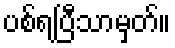
ပစ်ရပြီသာမှတ်။